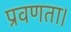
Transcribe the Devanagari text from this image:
प्रवणता।